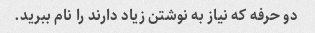
دو حرفه که نیاز به نوشتن زیاد دارند را نام ببرید.